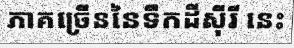
ភាគច្រើននៃទឹកដីស៊ីរី នេះ